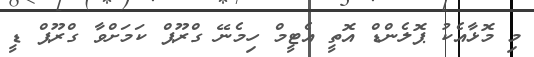
މި މޮޅާއެކު ޕޮލެންޑް އޮތީ އެޓީމް ހިމެނޭ ގްރޫޕް ކަމަށްވާ ގްރޫޕް ޑީ